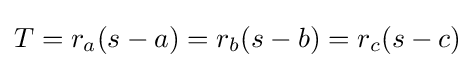
T=r_{a}(s-a)=r_{b}(s-b)=r_{c}(s-c)